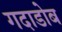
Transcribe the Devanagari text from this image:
गदाडोब